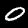
Digit: 0